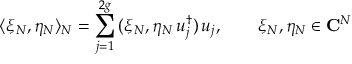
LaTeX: \langle \xi _ { N } , \eta _ { N } \rangle _ { N } = \sum _ { j = 1 } ^ { 2 g } \, ( \xi _ { N } , \eta _ { N } \, u _ { j } ^ { \dagger } ) \, u _ { j } , \qquad \xi _ { N } , \eta _ { N } \in { \bf C } ^ { N }